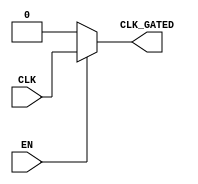
module clock_gating (
    input wire CLK,     // Primary clock input
    input wire EN,      // Enable signal for clock gating
    output wire CLK_GATED // Gated clock output
);

// Internal signals for clock gating
wire n_EN;           // Inverted enable signal

// Invert the enable signal
assign n_EN = ~EN;

// Transmission gate logic for clock gating
// CLK_GATED will pass CLK when EN is high; otherwise it will be blocked
assign CLK_GATED = (EN) ? CLK : 1'b0;

endmodule